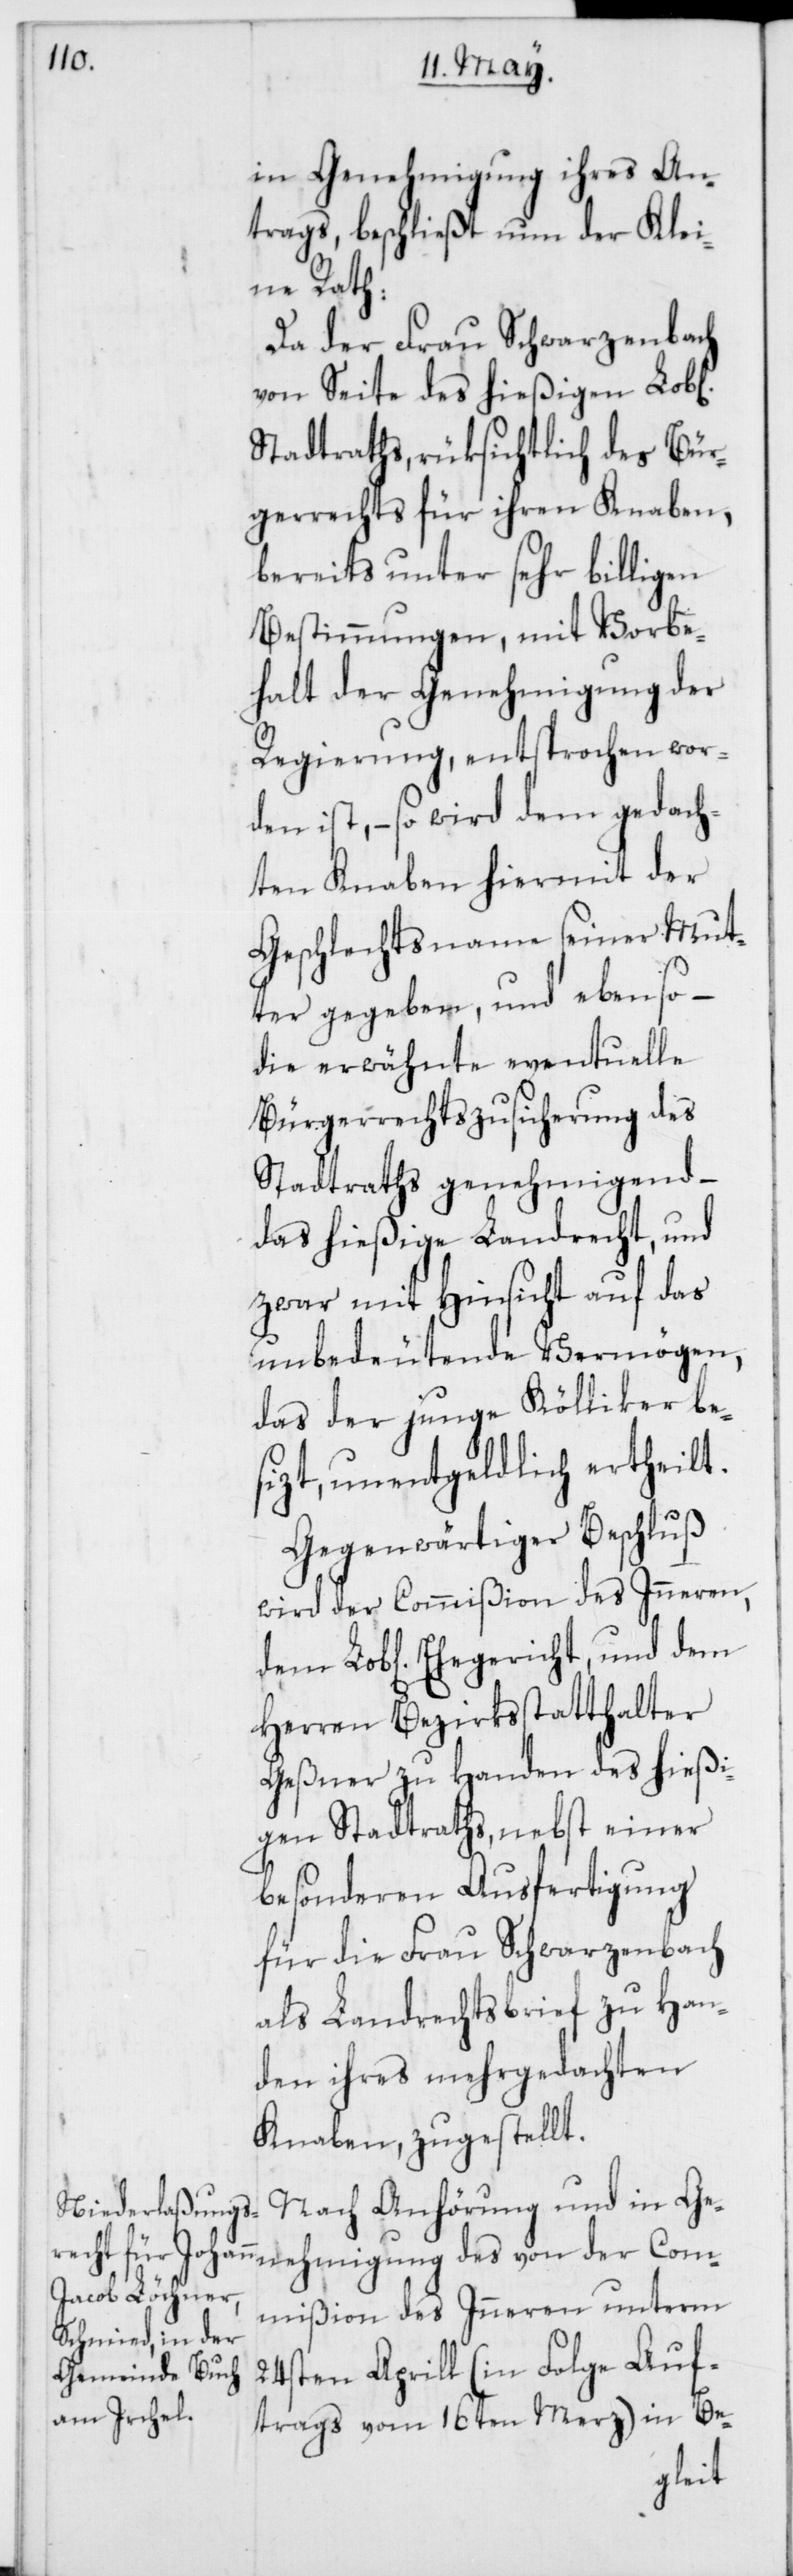
in Genehmigung ihres An¬
trags, beschließt nun der Klei¬
ne Rath:
Da der Frau Schwarzenbach
von Seite des hießigen Lob[li¬
Stadtraths, rüksichtlich des Bür¬
gerrechts für ihren Knaben,
bereits unter sehr billigen
Bestimmungen, mit Vorbe¬
halt der Genehmigung der
Regierung, entsprochen wor¬
den ist, – so wird dem gedach¬
ten Knaben hiermit der
Geschlechtsname seiner Mut¬
ter gegeben, und ebenso –
die erwähnte eventuelle
Bürgerrechtszusicherung des
Stadtraths genehmigend,
das hießige Landrecht, und
zwar mit Hinsicht auf das
unbedeutende Vermögen,
das der junge Kölliker be¬
sizt, unentgeldlich ertheilt.
Gegenwärtiger Beschluß
wird der Commißion des Inneren,
Herren Bezirksstatthalter
Geßner zu Handen des hießi¬
gen Stadtraths, nebst einer
besonderen Ausfertigung
für die Frau Schwarzenbach
als Landrechtsbrief zu Han¬
den ihres mehrgedachten
Knaben zugestellt.
Nach Anhörung und in Ge¬
Commißion des Inneren unterm
nehmigung des
24sten Aprill (in Folge Auf¬
trags vom 16ten Merz) in Be-
chen]